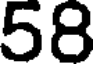
58